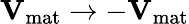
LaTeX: \mathbf{V}_{\mathrm{mat}}\to-\mathbf{V}_{\mathrm{mat}}